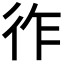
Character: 𢓓